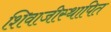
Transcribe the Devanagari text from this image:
शिवाजीस्थापित